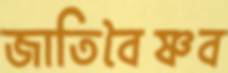
জাতিবৈষ্ণব